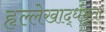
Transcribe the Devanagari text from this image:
हृल्लेखार्द्धभूता